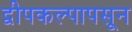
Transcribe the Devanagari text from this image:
द्वीपकल्पापसून